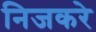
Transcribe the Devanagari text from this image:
निजकरे